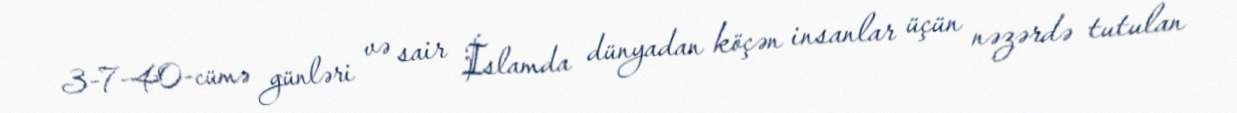
3-7-40-cümə günləri və sair İslamda dünyadan köçən insanlar üçün nəzərdə tutulan